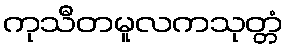
ကုသီတမူလကသုတ္တံ